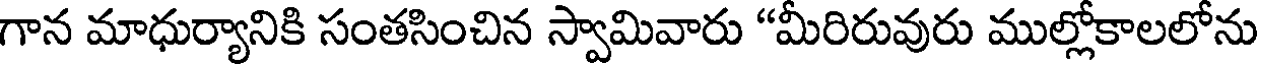
గాన మాధుర్యానికి సంతసించిన స్వామివారు "మీరిరువురు ముల్లోకాలలోను